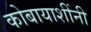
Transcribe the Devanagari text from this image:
कोबायाशींनी